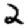
Digit: 2